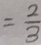
= \frac { 2 } { 3 }